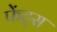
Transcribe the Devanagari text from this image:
फेंट्स